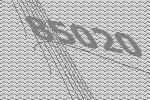
85020